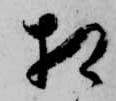
相